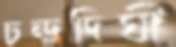
চন্দ্রদিঘী